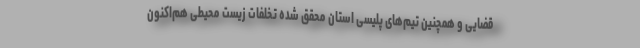
قضایی و همچنین تیم‌های پلیسی استان محقق شده تخلفات زیست محیطی هم‌اکنون